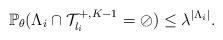
LaTeX: \begin{align*} \mathbb{P}_{\theta} (\Lambda_i \cap \mathcal{T}_{l_i}^{+, K - 1} = \oslash) \leq \lambda^{| \Lambda_i |}.\end{align*}